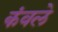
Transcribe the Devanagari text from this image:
कंवले